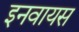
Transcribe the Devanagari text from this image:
इनवायस